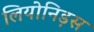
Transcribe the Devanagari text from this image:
लियोनिड़स